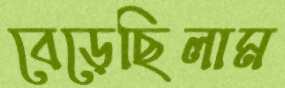
বেড়েছিলাম